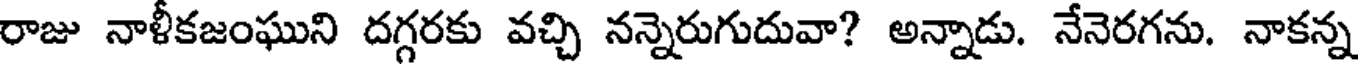
రాజు నాళీకజంఘుని దగ్గరకు వచ్చి నన్నెరుగుదువా? అన్నాడు. నేనెరగను. నాకన్న